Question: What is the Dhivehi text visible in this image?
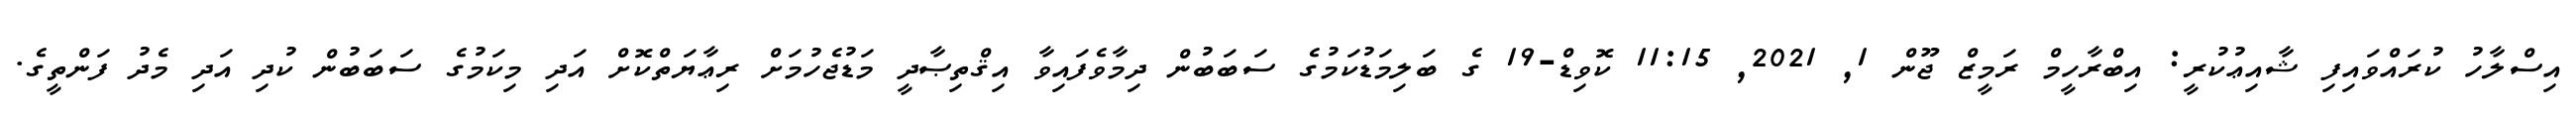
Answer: އިސްލާހު ކުރައްވައިފި ޝާއިޢުކުރީ: އިބްރާހީމް ރަމީޒް ޖޫން 1, 2021, 11:15 ކޮވިޑް-19 ގެ ބަލިމަޑުކަމުގެ ސަބަބުން ދިމާވެފައިވާ އިޤްތިޞާދީ މަޑުޖެހުމަށް ރިޢާޔަތްކޮށް އަދި މިކަމުގެ ސަބަބުން ކުދި އަދި މެދު ފަންތީގެ.